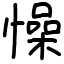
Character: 懆